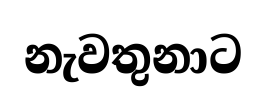
නැවතුනාට